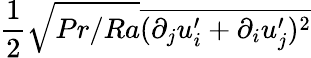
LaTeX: \frac{1}{2}\sqrt{Pr/Ra}\overline{{(\partial_{j}u_{i}^{\prime}+\partial_{i}u_{j}^{\prime})^{2}}}